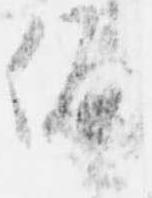
偏